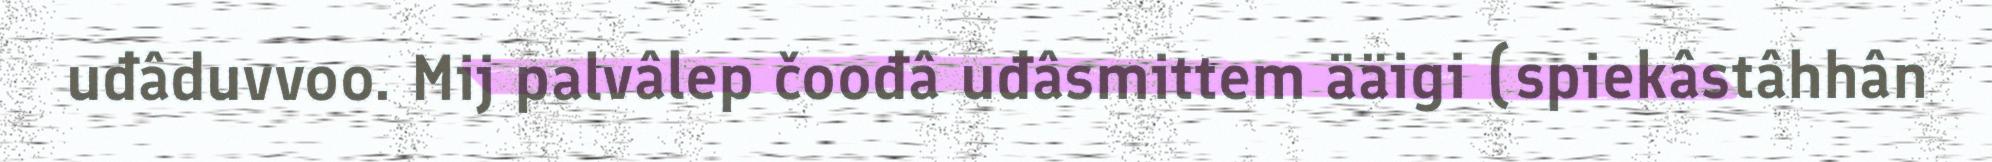
uđâduvvoo. Mij palvâlep čoođâ uđâsmittem ääigi (spiekâstâhhân